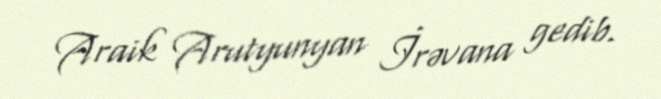
Araik Arutyunyan İrəvana gedib.